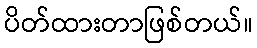
ပိတ်ထားတာဖြစ်တယ်။